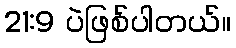
21:9 ပဲဖြစ်ပါတယ်။